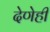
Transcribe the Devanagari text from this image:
देणेही